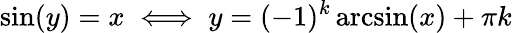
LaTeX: \sin(y)=x\iff y=(-1)^{k}\arcsin(x)+\pi k